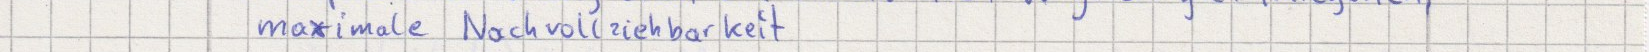
maximale Nachvollziehbarkeit